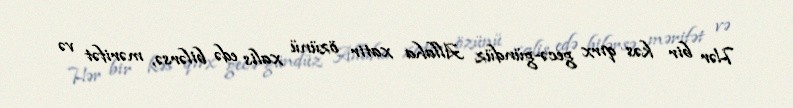
Hər bir kəs qırx gecə-gündüz Allaha xatir özünü xalis edə bilərsə, mərifət və